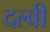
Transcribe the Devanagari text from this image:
दल्वी